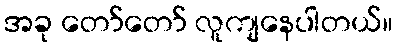
အခု တော်တော် လူကျနေပါတယ်။